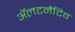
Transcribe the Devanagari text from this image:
ॲलटर्नेटिव